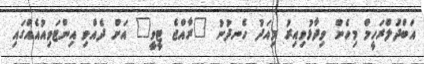
އަބްދުލްރަހީމް މިހެން ވިދާޅުވިއިރު މިއަދު ހެނދުނު "ރާއްޖެ ޓީވީ" އަށް ދެއްވި އިންޓަވިއުއެއްގައި